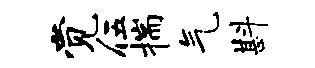
觉伍揣气斟